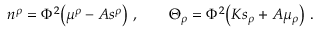
n ^ { \rho } = \Phi ^ { 2 } \big ( \mu ^ { \rho } - { \cal A } s ^ { \rho } \big ) \ , \qquad \Theta _ { \rho } = \Phi ^ { 2 } \big ( { \cal K } s _ { \rho } + { \cal A } \mu _ { \rho } \big ) \ .